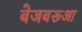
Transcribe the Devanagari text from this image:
बेजबरूआ